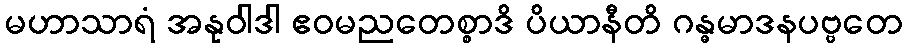
မဟာသာရံ အနုဝါဒါ ဧဝမညတေစ္စာဒိ ပိယာနီတိ ဂန္ဓမာဒနပဗ္ဗတေ